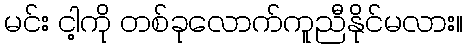
မင်း ငါ့ကို တစ်ခုလောက်ကူညီနိုင်မလား။